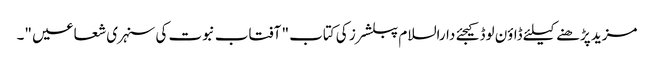
مزید پڑھنے کیلئے ڈاؤن لوڈ کیجئے دارالسلام پبلشرز کی کتاب " آفتاب نبوت کی سنہری شعاعیں "۔